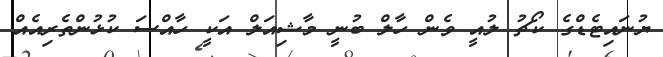
ޔުނައިޓެޑްގެ ކޯޗު ލުއީ ވެން ހާލް ބުނީ މާޝިއަލް އަކީ ހާއްސަ ކުޅުންތެރިއެއް